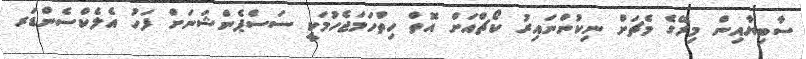
ސާބިޔާއިން މިރޭގެ މެޗަށް ނިކުންނައިރު ކޯޗްއަށް އޮތް ހިތްހަމަޖެހުމަކީ ސަސްޕެންޝަނަށް ފަހު އެލެކްސެންޑަރ